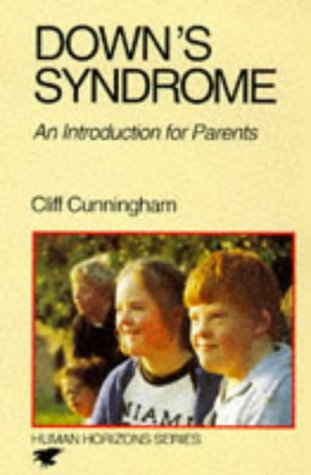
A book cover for Down's Syndrome; Cliff Cunningham; Health, Fitness & Dieting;